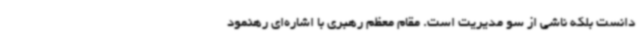
دانست بلکه ناشی از سو مدیریت است. مقام معظم رهبری با اشاره‌ای رهنمود